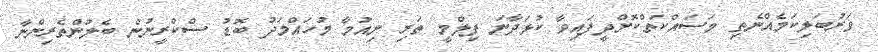
ވަރުބަލިކަމެއްނެތި މަސައްކަތްކޮށްދީފައިވާ ކުޅަދާނަ ފިލްމީ ތަރި ނިއުމާ މުހައްމަދު ބޮޑު ސްކްރީނުން ބެލުންތެރިންނާ